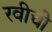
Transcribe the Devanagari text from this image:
रवीची